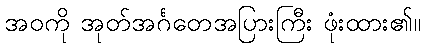
အဝကို အုတ်အင်္ဂတေအပြားကြီး ဖုံးထား၏။